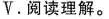
V.阅读理解.